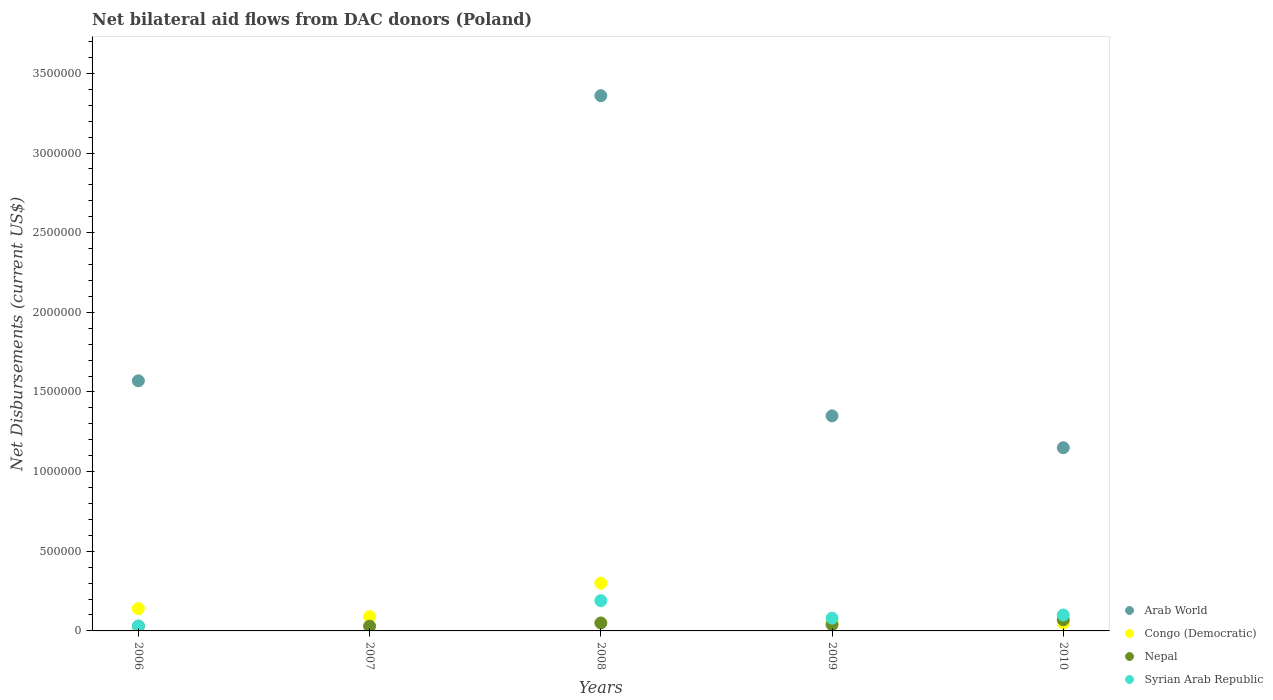
| Years | Arab World | Congo (Democratic) | Nepal | Syrian Arab Republic |
 | --- | --- | --- | --- | --- |
 | 2006 | 1.57e+06 | 1.4e+05 | 3e+04 | 3e+04 |
 | 2007 | -1.86e+06 | 9e+04 | 3e+04 | -4.06e+06 |
 | 2008 | 3.36e+06 | 3e+05 | 5e+04 | 1.9e+05 |
 | 2009 | 1.35e+06 | 6e+04 | 4e+04 | 8e+04 |
 | 2010 | 1.15e+06 | 5e+04 | 7e+04 | 1e+05 |